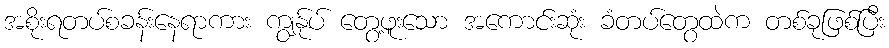
အစိုးရတပ်စခန်းနေရာကား ကျွန်ုပ် တွေ့ဖူးသော အကောင်းဆုံး ခံတပ်တွေထဲက တစ်ခုဖြစ်ပြီး